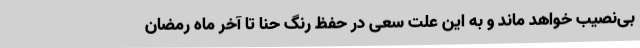
بی‌نصیب خواهد ماند و به این علت سعی در حفظ رنگ حنا تا آخر ماه رمضان